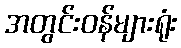
အတွင်းဝန်များရုံး